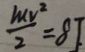
\frac { M v ^ { 2 } } { 2 } = 8 J .